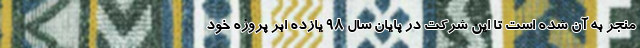
منجر به آن شده است تا این شرکت در پایان سال 98 یازده اّبَر پروژه خود